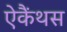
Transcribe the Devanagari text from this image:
ऐकैंथस